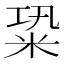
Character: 䊄